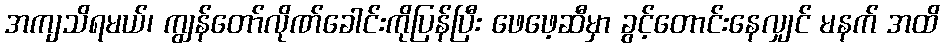
အကျသိရမယ်၊ ကျွန်တော်လိုဏ်ခေါင်းကိုပြန်ပြီး ဖေဖေ့ဆီမှာ ခွင့်တောင်းနေလျှင် မနက် အထိ